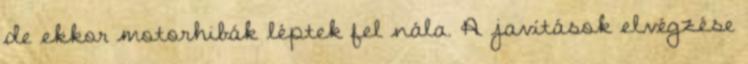
de ekkor motorhibák léptek fel nála. A javítások elvégzése